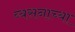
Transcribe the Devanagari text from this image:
व्यसनाच्या